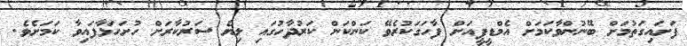
ފަށައިގަތުމަށް ބޭނުންވާކަމަށް އެމްޑީޕީއަށް ފާހަގަކުރެވޭ ކަންކަން ކަރުދާހުގައި ލިޔެ ސަރުކާރަށް ހުށަހަޅާފައިވާ ކަމަށެވެ.